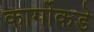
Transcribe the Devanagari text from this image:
कार्गोकडे